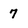
Character: 7